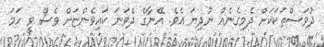
ދުވަސްތަކަކަށް ދެމިގެނެއް ނުދިޔަ އެވެ. އޭނާގެ ދެވަނަ ކައިވެންޏަށް ވެސް ވީ ހަމަ